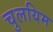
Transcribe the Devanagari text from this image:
चुलयिम